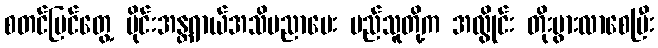
စတင်မြင်တွေ့ မိုင်းအန္တရာယ်အသိပညာပေး မည်သူတို့က အလွိုင်း တိုးပွားလာစေပြီး